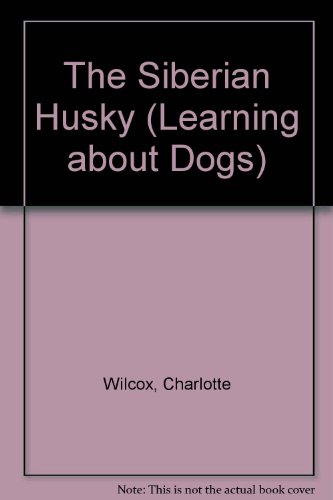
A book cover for The Siberian Husky (Learning about Dogs); Charlotte Wilcox; Children's Books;